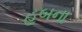
હબના